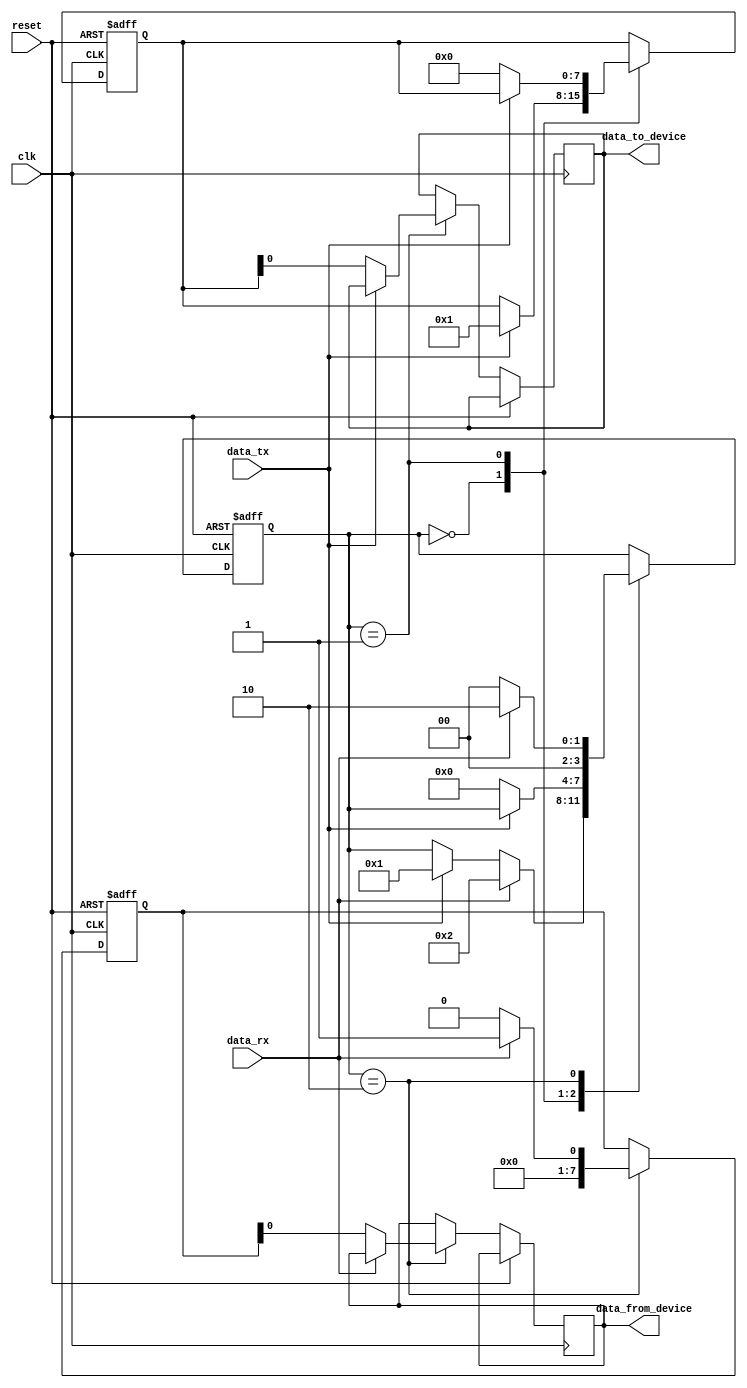
module usb_controller (
    input wire clk,
    input wire reset,
    input wire data_tx,
    input wire data_rx,
    output wire data_to_device,
    output wire data_from_device
);

reg [3:0] state;
reg [7:0] data_buffer_tx;
reg [7:0] data_buffer_rx;

always @(posedge clk or posedge reset) begin
    if (reset) begin
        state <= 4'b0000;
        data_buffer_tx <= 8'b0;
        data_buffer_rx <= 8'b0;
    end else begin
        case (state)
            4'b0000: begin // Idle state
                if (data_tx) begin
                    state <= 4'b0001; // Transition to TX state
                    data_buffer_tx <= data_tx;
                end
                if (data_rx) begin
                    state <= 4'b0010; // Transition to RX state
                end
            end
            4'b0001: begin // TX state
                if (!data_tx) begin
                    state <= 4'b0000; // Transition back to Idle state
                    data_to_device <= data_buffer_tx;
                    data_buffer_tx <= 8'b0;
                end
            end
            4'b0010: begin // RX state
                if (data_rx) begin
                    state <= 4'b0010; // Stay in RX state
                    data_buffer_rx <= data_rx;
                end else begin
                    state <= 4'b0000; // Transition back to Idle state
                    data_from_device <= data_buffer_rx;
                    data_buffer_rx <= 8'b0;
                end
            end
        endcase
    end
end

endmodule